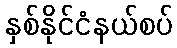
နှစ်နိုင်ငံနယ်စပ်